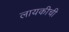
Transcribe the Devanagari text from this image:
लायकीची